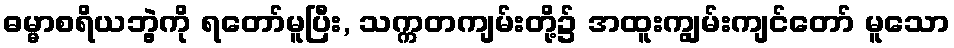
ဓမ္မာစရိယဘွဲ့ကို ရတော်မူပြီး, သက္ကတကျမ်းတို့၌ အထူးကျွမ်းကျင်တော် မူသော